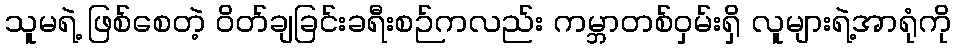
သူမရဲ့ ဖြစ်စေတဲ့ ဝိတ်ချခြင်းခရီးစဉ်ကလည်း ကမ္ဘာတစ်ဝှမ်းရှိ လူများရဲ့အာရုံကို